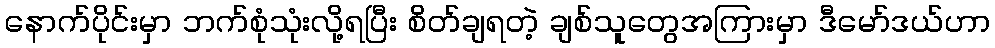
နောက်ပိုင်းမှာ ဘက်စုံသုံးလို့ရပြီး စိတ်ချရတဲ့ ချစ်သူတွေအကြားမှာ ဒီမော်ဒယ်ဟာ